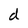
Character: d